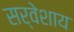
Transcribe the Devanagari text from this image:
सर्वेशाय